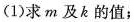
(1)求m及k的值；